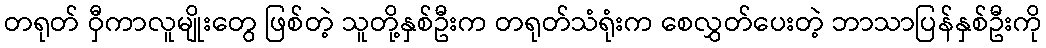
တရုတ် ဝှီကာလူမျိုးတွေ ဖြစ်တဲ့ သူတို့နှစ်ဦးက တရုတ်သံရုံးက စေလွှတ်ပေးတဲ့ ဘာသာပြန်နှစ်ဦးကို